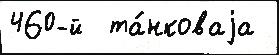
460-й  та́нковаjа